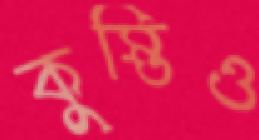
কুস্তিও